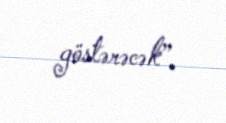
göstərəcək”.